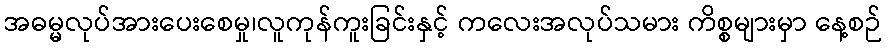
အဓမ္မလုပ်အားပေးစေမှု၊လူကုန်ကူးခြင်းနှင့် ကလေးအလုပ်သမား ကိစ္စများမှာ နေ့စဉ်